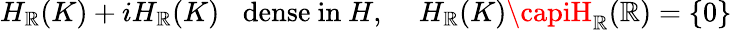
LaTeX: H_{\mathbb{R}}(K)+iH_{\mathbb{R}}(K)\, \, \, \, \, \mathrm{{dense~in~}}H,\quad\, H_{\mathbb{R}}(K)\capiH_{\mathbb{R}}(\mathbb{R})=\left\{ 0\right\}